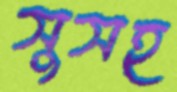
সুসহ